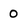
Character: 0